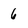
Character: 6